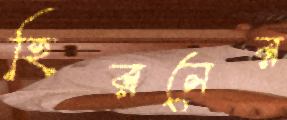
হিরনের